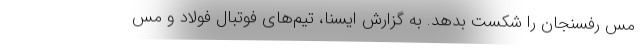
مس رفسنجان را شکست بدهد. به گزارش ایسنا، تیم‌های فوتبال فولاد و مس